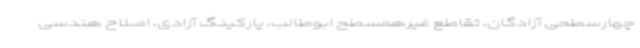
چهارسطحی آزادگان، تقاطع غیرهمسطح ابوطالب، پارکینگ آزادی، اصلاح هندسی